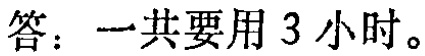
答：一共要用 3 小时。